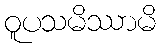
ဝူပသမိဿာမိ